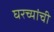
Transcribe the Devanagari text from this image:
घरच्यांची